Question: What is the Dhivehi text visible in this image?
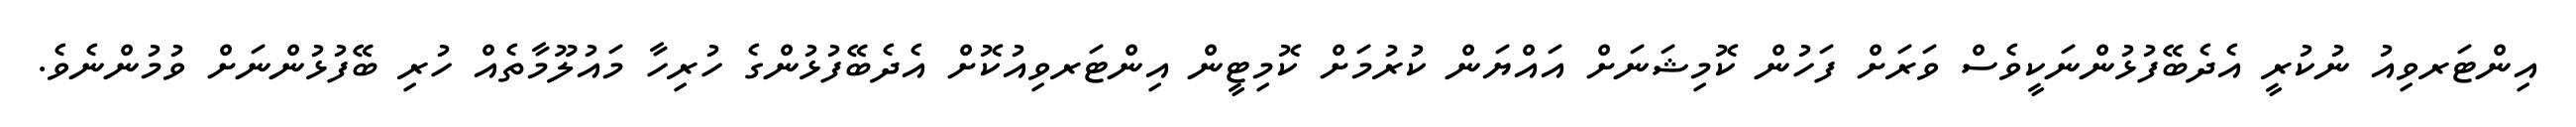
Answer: އިންޓަރވިއު ނުކުރީ އެދެބޭފުޅުންނަކީވެސް ވަރަށް ފަހުން ކޮމިޝަނަށް އައްޔަން ކުރުމަށް ކޮމިޓީން އިންޓަރވިއުކޮށް އެދެބޭފުޅުންގެ ހުރިހާ މައުލޫމާތެއް ހުރި ބޭފުޅުންނަށް ވުމުންނެވެ.